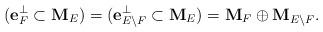
LaTeX: \begin{align*}(\mathbf{e}_F^\perp \subset \mathbf{M}_E)=(\mathbf{e}_{E\setminus F}^\perp \subset \mathbf{M}_E)=\mathbf{M}_F \oplus \mathbf{M}_{E \setminus F}.\end{align*}